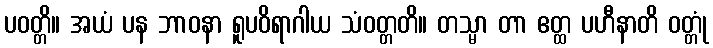
ပဝတ္တိ။ အယံ ပန ဘာဝနာ ရူပဝိရာဂါယ သံဝတ္တတိ။ တသ္မာ တာ ဧတ္ထ ပဟီနာတိ ဝတ္တုံ